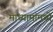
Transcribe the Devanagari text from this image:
माध्यामांमध्ये